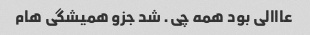
عااالی بود همه چی. شد جزو همیشگی هام